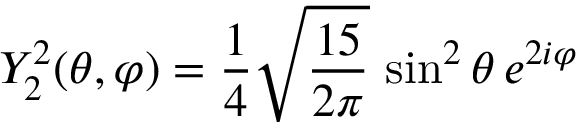
Y _ { 2 } ^ { 2 } ( \theta , \varphi ) = { \frac { 1 } { 4 } } { \sqrt { \frac { 1 5 } { 2 \pi } } } \, \sin ^ { 2 } \theta \, e ^ { 2 i \varphi }